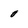
Character: 0